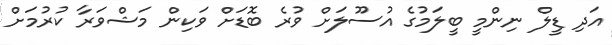
އަދި ޑީލް ނިންމީ ބީލަމުގެ އުސޫލަށް ވުރެ ބޮޑަށް ވަކިން މަޝްވަރާ ކުރުމަށް